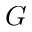
G